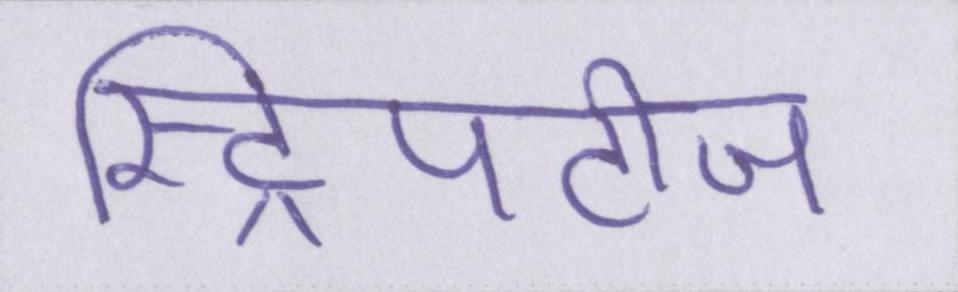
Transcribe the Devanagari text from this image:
स्ट्रिपटीज